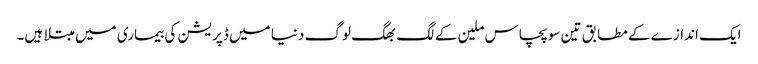
ایک اندازے کے مطابق تین سو پچاس ملین کے لگ بھگ لوگ دنیا میں ڈپریشن کی بیماری میں مبتلا ہیں۔